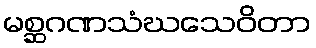
မစ္ဆဂဏသံဃသေဝိတာ